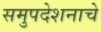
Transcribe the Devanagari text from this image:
समुपदेशनाचे